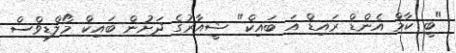
"ބީ ކާމް އެންޑް ރައިޑް އަ ބައިކް" ޝީއާރުގެ ދަށުން ބައިކް މޯލްޑިވްސް